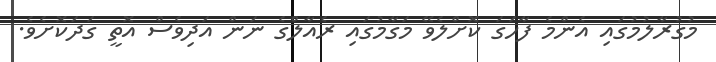
މުގުރާލުމުގައި އެންމެ ފާހަގަ ކޮށްލެވޭ މަގާމުގައި ރެއާލްގެ ނަން އަދިވެސް އޮތީ ގަދަކޮށެވެ.